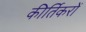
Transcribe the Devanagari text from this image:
कीर्तिकरों